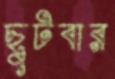
ছুটবার